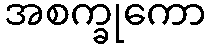
အစက္ခုကော